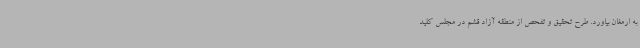
به ارمغان بیاورد. طرح تحقیق و تفحص از منطقه آزاد قشم در مجلس کلید